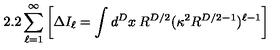
2 . 2 \sum _ { \ell = 1 } ^ { \infty } \left[ \Delta I _ { \ell } = \int d ^ { D } x \: R ^ { D / 2 } ( \kappa ^ { 2 } R ^ { D / 2 - 1 } ) ^ { \ell - 1 } \right]